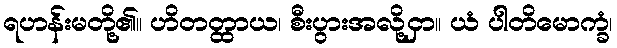
ရဟန်းမတို့၏။ ဟိတတ္ထာယ၊ စီးပွားအလို့ငှာ။ ယံ ပါတိမောက္ခံ၊